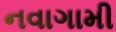
નવાગામી